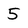
Character: 5